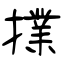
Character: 擈